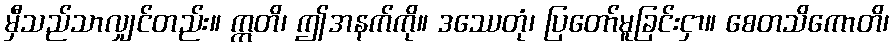
မှီသည်သာလျှင်တည်း။ ဣတိ၊ ဤအနက်ကို။ ဒဿေတုံ၊ ပြတော်မူခြင်းငှာ။ စေတသိကောတိ၊